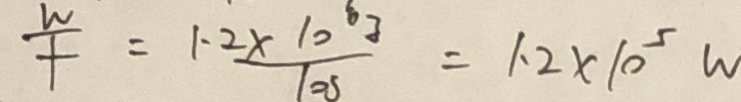
\frac { w } { f } = \frac { 1 . 2 \times 1 0 } { 1 0 5 } = 1 . 2 \times 1 0 ^ { 5 } w